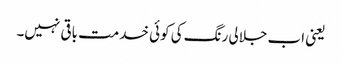
یعنی اب جلالی رنگ کی کوئی خدمت باقی نہیں۔